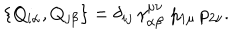
LaTeX: \left\{ Q _ { i \alpha } , Q _ { j \beta } \right\} = \delta _ { i j } \, \gamma _ { \alpha \beta } ^ { \mu \nu } \, \, p _ { 1 \mu } \, p _ { 2 \nu } .